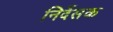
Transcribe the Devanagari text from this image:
निर्देसक